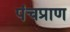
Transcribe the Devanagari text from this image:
पंचप्राण